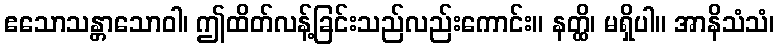
ဧသောသန္တာသောဝါ၊ ဤထိတ်လန့်ခြင်းသည်လည်းကောင်း။ နတ္ထိ၊ မရှိပါ။ အာနိသံသံ၊